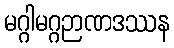
မဂ္ဂါမဂ္ဂဉာဏဒဿန